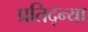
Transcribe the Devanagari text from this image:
प्रतिद्न्या